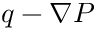
q - \nabla P